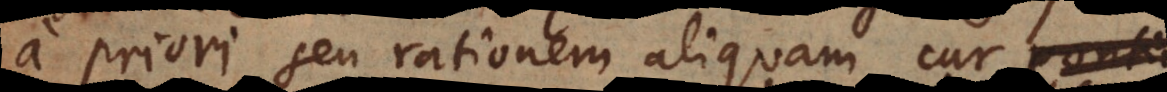
a priori seu rationem aliquam cur conti